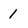
Character: 1